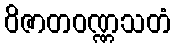
ဝိဇာတဝဏ္ဏသတံ